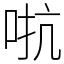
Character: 𫩽